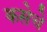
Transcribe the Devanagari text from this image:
कसेचे